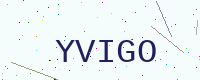
Text: YVIGO